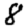
Digit: 8